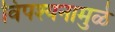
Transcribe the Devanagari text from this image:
विपश्यनामुळे